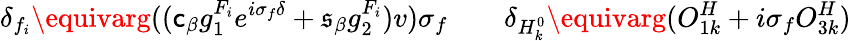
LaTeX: \delta_{f_{i}}\equivarg((\mathsf{c}_{\beta}g_{1}^{F_{i}}e^{i\sigma_{f}\delta}+\mathfrak{s}_{\beta}g_{2}^{F_{i}})v)\sigma_{f}\qquad\delta_{H_{k}^{0}}\equivarg(O_{1k}^{H}+i\sigma_{f}O_{3k}^{H})